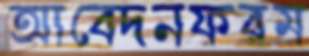
আবেদনফরম